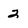
Character: 2